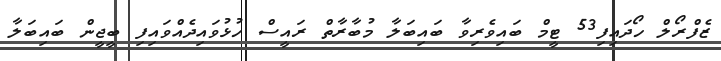
ޒެފްރޯލް ހޯދައިފި53 ޓީމް ބައިވެރިވާ ބައިބަލާ މުބާރާތް ރައީސް ހުޅުވައިދެއްވައިފި ބީޖީން ބައިބަލާ